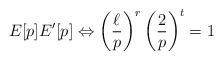
LaTeX: \begin{align*} E[p] E'[p] \Leftrightarrow \left(\frac{\ell}{p}\right)^r \left (\frac{2}{p} \right)^t = 1\end{align*}